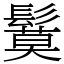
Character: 鬕